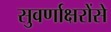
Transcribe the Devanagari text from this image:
सुवर्णाक्षरोंसे